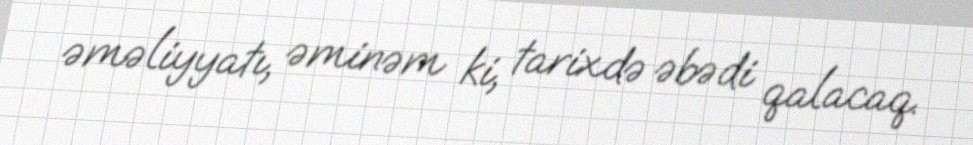
əməliyyatı, əminəm ki, tarixdə əbədi qalacaq.